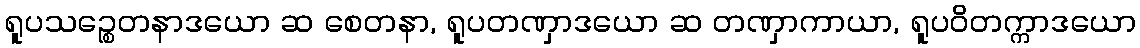
ရူပသဉ္စေတနာဒယော ဆ စေတနာ, ရူပတဏှာဒယော ဆ တဏှာကာယာ, ရူပဝိတက္ကာဒယော